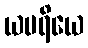
ယမရိယေ